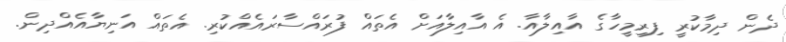
ދެން ދިމާކުރީ ފިރިމީހާގެ އާއިލާއާ. އެ އާއިލާއަށް އެތައް ފުރައްސާރައެއްކުރި. އެތައް އަނިޔާއެއްދިން.